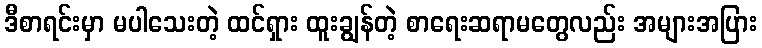
ဒီစာရင်းမှာ မပါသေးတဲ့ ထင်ရှား ထူးချွန်တဲ့ စာရေးဆရာမတွေလည်း အများအပြား